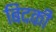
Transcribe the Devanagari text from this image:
बिंदकी